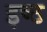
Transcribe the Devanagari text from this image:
इष्ठ